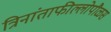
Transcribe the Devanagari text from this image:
त्रिनांताफील्लोपौळस